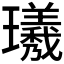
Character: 𪼯